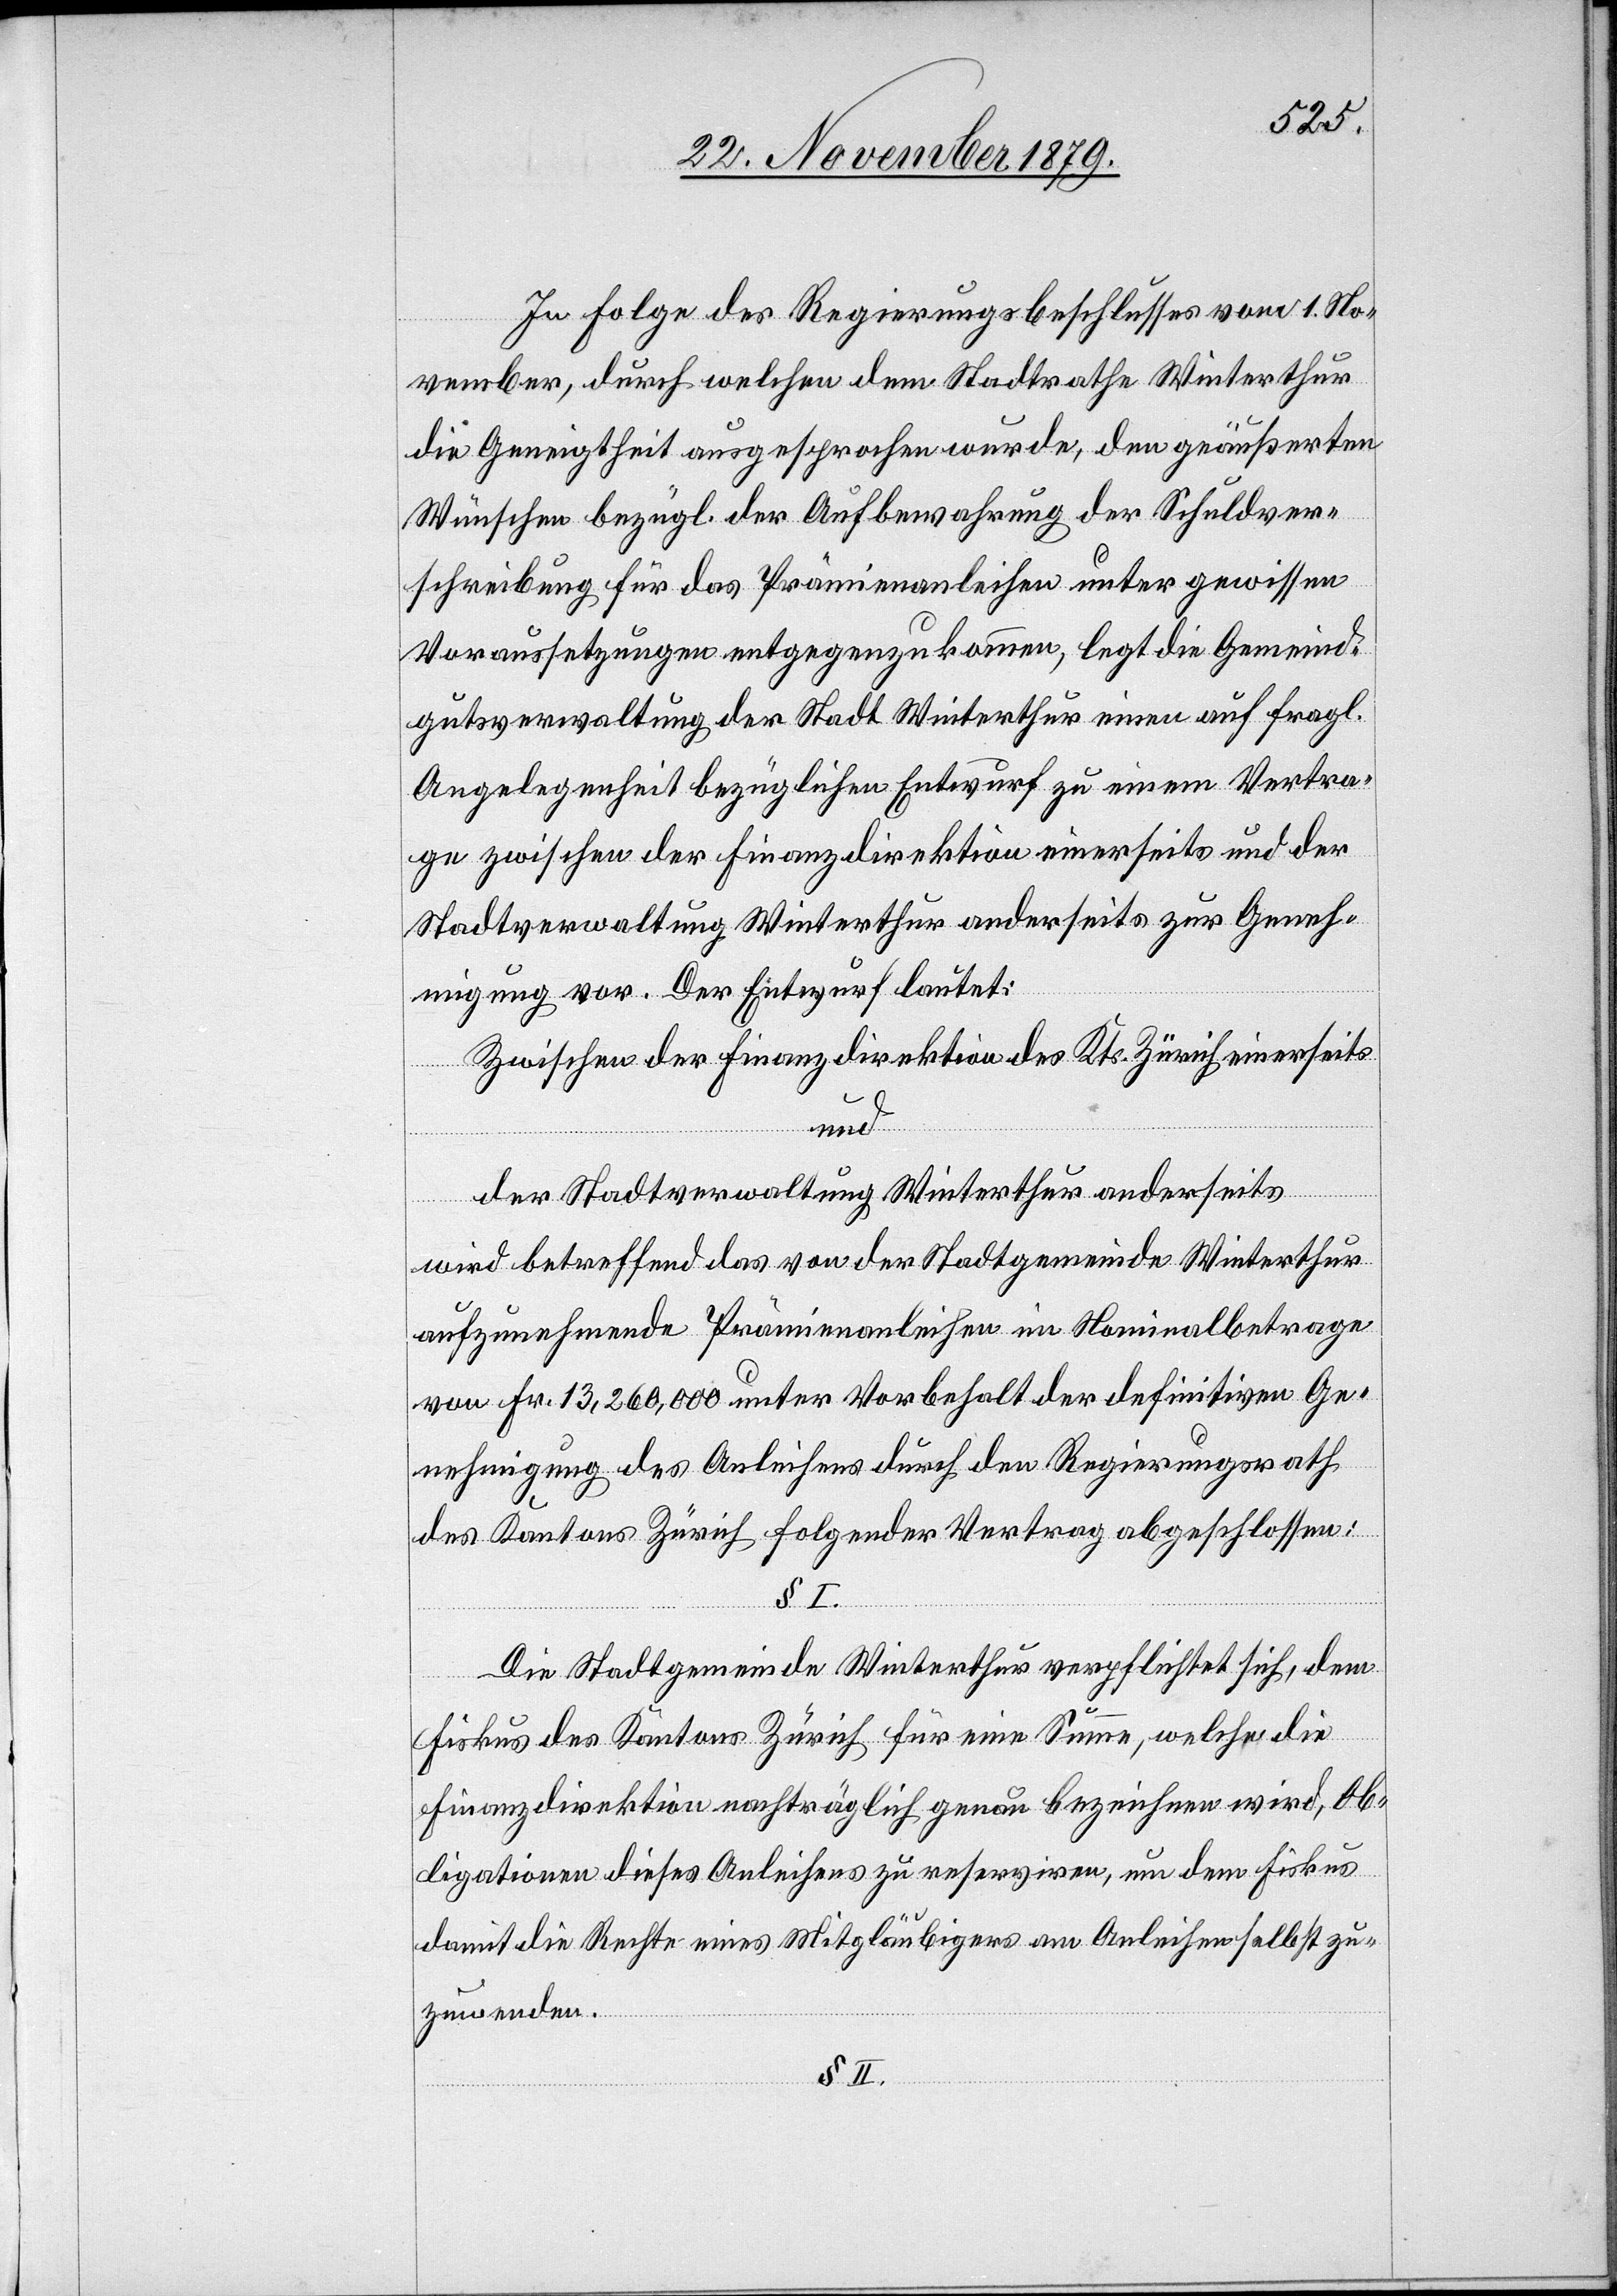
In Folge des Regierungsbeschlusses vom 1. No¬
vember, durch welchen dem Stadtrathe Winterthur
die Geneigtheit ausgesprochen wurde, den geäußerten
Wünschen bezügl. der Aufbewahrung der Schuldver¬
schreibung für das Prämienleihen unter gewissen
Voraussetzungen entgegenzukommen, legt die Gemeind¬
gutsverwaltung der Stadt Winterthur einen auf fragl.
Angelegenheit bezüglichen Entwurf zu einem Vertra¬
ge zwischen der Finanzdirektion einerseits und der
Stadtverwaltung Winterthur anderseits zur Geneh¬
migung vor. Der Entwurf lautet:
Zwischen der Finanzdirektion des Kts. Zürich einerseits
mina¬
mienan¬
der Stadtverwaltung Winterthur anderseits
wird betreffend das von der Stadtgemeinde aufzun¬
von Fr. 13,260,000 unter Vorbehalt der definitiven Ge¬
nehmigung des Anleihens durch den Regierungsrath
des Kantons Zürich folgender Vertrag abgeschlossen:
§ I.
Die Stadtgemeinde Winterthur verpflichtet sich, dem
Fiskus des Kantons Zürich für eine Summe, welche die
Finanzdirektion nachträglich genau bezeichnen wird, Ob¬
ligationen dieses Anleihens zu reserviren, um dem Fiskus
damit die Rechte eines Mitgläubigers am Anleihen selbst zu¬
No¬
zuwenden.
§ II.
lbetrage